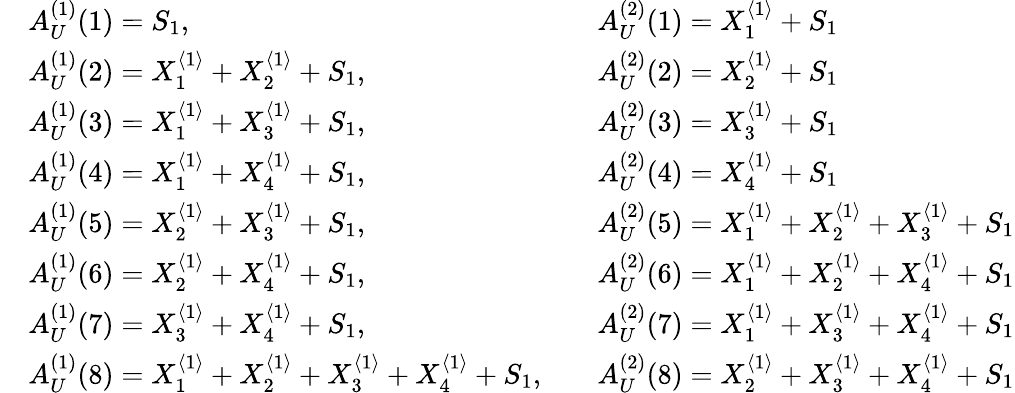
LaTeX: \begin{array}{rlrl}&{A_{U}^{(1)}(1)=S_{1},}&&{A_{U}^{(2)}(1)=X_{1}^{\langle 1\rangle}+S_{1}}\\ &{A_{U}^{(1)}(2)=X_{1}^{\langle 1\rangle}+X_{2}^{\langle 1\rangle}+S_{1},}&&{A_{U}^{(2)}(2)=X_{2}^{\langle 1\rangle}+S_{1}}\\ &{A_{U}^{(1)}(3)=X_{1}^{\langle 1\rangle}+X_{3}^{\langle 1\rangle}+S_{1},}&&{A_{U}^{(2)}(3)=X_{3}^{\langle 1\rangle}+S_{1}}\\ &{A_{U}^{(1)}(4)=X_{1}^{\langle 1\rangle}+X_{4}^{\langle 1\rangle}+S_{1},}&&{A_{U}^{(2)}(4)=X_{4}^{\langle 1\rangle}+S_{1}}\\ &{A_{U}^{(1)}(5)=X_{2}^{\langle 1\rangle}+X_{3}^{\langle 1\rangle}+S_{1},}&&{A_{U}^{(2)}(5)=X_{1}^{\langle 1\rangle}+X_{2}^{\langle 1\rangle}+X_{3}^{\langle 1\rangle}+S_{1}}\\ &{A_{U}^{(1)}(6)=X_{2}^{\langle 1\rangle}+X_{4}^{\langle 1\rangle}+S_{1},}&&{A_{U}^{(2)}(6)=X_{1}^{\langle 1\rangle}+X_{2}^{\langle 1\rangle}+X_{4}^{\langle 1\rangle}+S_{1}}\\ &{A_{U}^{(1)}(7)=X_{3}^{\langle 1\rangle}+X_{4}^{\langle 1\rangle}+S_{1},}&&{A_{U}^{(2)}(7)=X_{1}^{\langle 1\rangle}+X_{3}^{\langle 1\rangle}+X_{4}^{\langle 1\rangle}+S_{1}}\\ &{A_{U}^{(1)}(8)=X_{1}^{\langle 1\rangle}+X_{2}^{\langle 1\rangle}+X_{3}^{\langle 1\rangle}+X_{4}^{\langle 1\rangle}+S_{1},}&&{A_{U}^{(2)}(8)=X_{2}^{\langle 1\rangle}+X_{3}^{\langle 1\rangle}+X_{4}^{\langle 1\rangle}+S_{1}}\end{array}